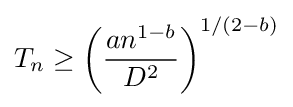
T_{n}\geq \left({\frac {an^{1-b}}{D^{2}}}\right)^{1/(2-b)}